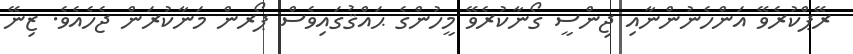
ރޭޕްކުރެވޭ އަންހެނުންނާއި ޖިންސީ ގޯނާކުރެވޭ މީހުންގެ ޙައްޤުގައިވެސް ޕޯރން މަނާކުރަން ޖެހެއެވެ. ޒިނޭ